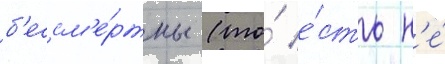
б'ессм'е́ртны (то́ е́сть н'е́